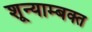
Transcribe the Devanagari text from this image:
शून्याम्बक्त